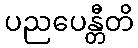
ပညပေန္တီတိ